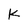
Character: k